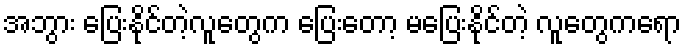
အဘွား ပြေးနိုင်တဲ့လူတွေက ပြေးတော့ မပြေးနိုင်တဲ့ လူတွေကရော